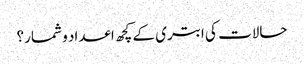
حالات کی ابتری کے کچھ اعداد و شمار؟